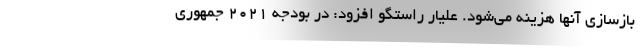
بازسازی آنها هزینه می‌شود. علیار راستگو افزود: در بودجه ۲۰۲۱ جمهوری